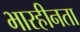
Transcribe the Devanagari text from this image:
भारहीनता